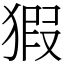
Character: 猳